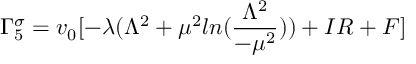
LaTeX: \Gamma _ { 5 } ^ { \sigma } = v _ { 0 } [ - \lambda ( \Lambda ^ { 2 } + \mu ^ { 2 } l n ( \frac { \Lambda ^ { 2 } } { - \mu ^ { 2 } } ) ) + I R + F ]